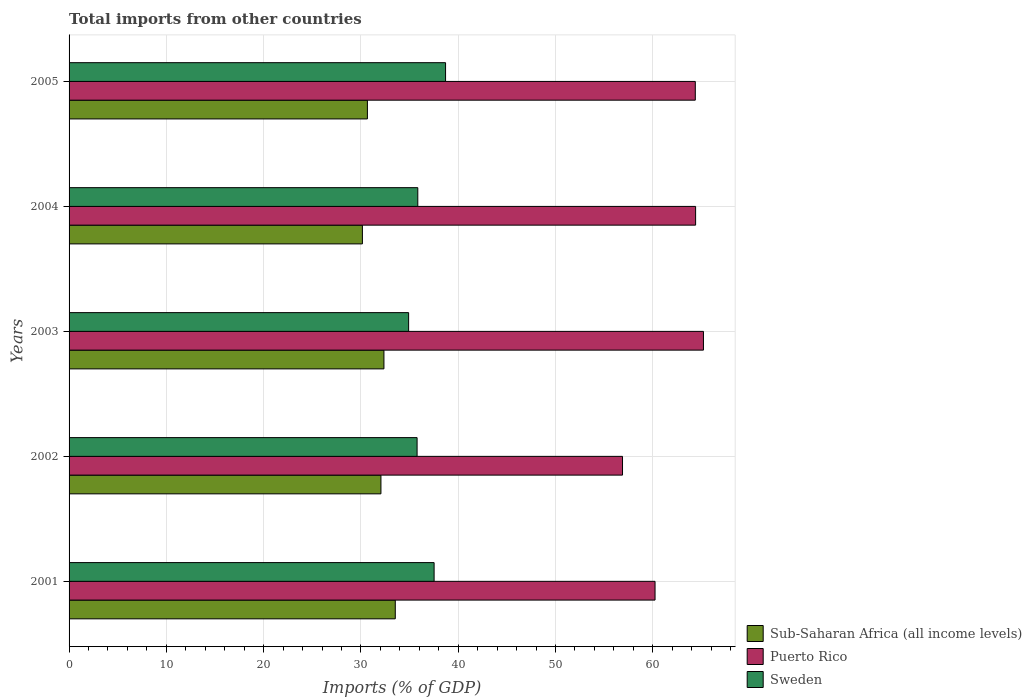
| Years | Sub-Saharan Africa (all income levels) | Puerto Rico | Sweden |
 | --- | --- | --- | --- |
 | 2001 | 33.5 | 60.2 | 37.5 |
 | 2002 | 32.1 | 56.9 | 35.8 |
 | 2003 | 32.4 | 65.2 | 34.9 |
 | 2004 | 30.2 | 64.4 | 35.8 |
 | 2005 | 30.7 | 64.4 | 38.7 |